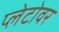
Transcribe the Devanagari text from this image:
प्लेटोवर